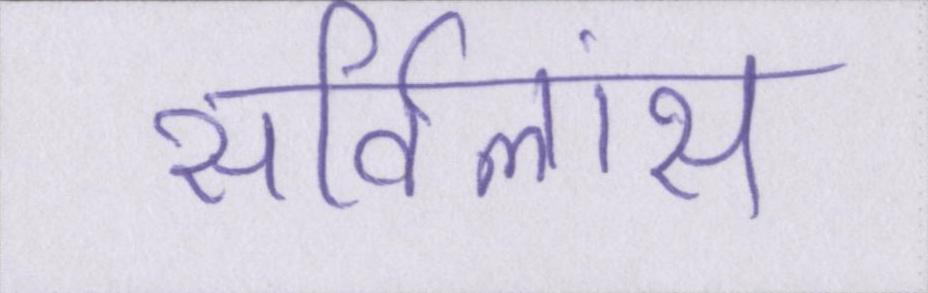
सर्विलांस